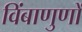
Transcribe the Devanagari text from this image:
विंबाणुणों